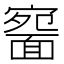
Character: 𩈱